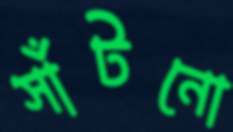
সাঁটনো